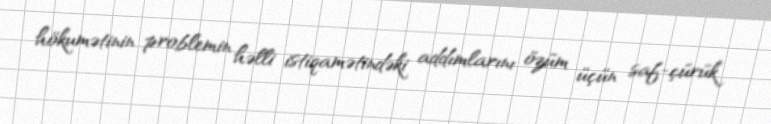
hökumətinin problemin həlli istiqamətindəki addımlarını özüm üçün saf-çürük